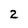
Character: 2